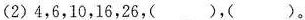
(2)4，6，10，16，26，( )，( )。